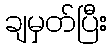
ချမှတ်ပြီး